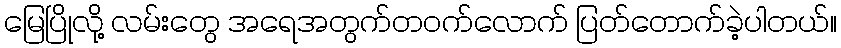
မြေပြိုလို့ လမ်းတွေ အရေအတွက်တဝက်လောက် ပြတ်တောက်ခဲ့ပါတယ်။